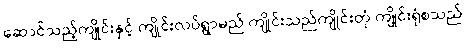
ဆောင်သည့်ကျိုင်းနှင့် ကျိုင်းလပ်ရွာမည် ကျိုင်းသည်ကျိုင်းတုံ ကျိုင်းရုံစသည်